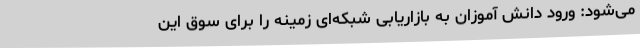
می‌شود: ورود دانش آموزان به بازاریابی شبکه‌ای زمینه را برای سوق این